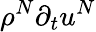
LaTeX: \rho^{N}\partial_{t}u^{N}